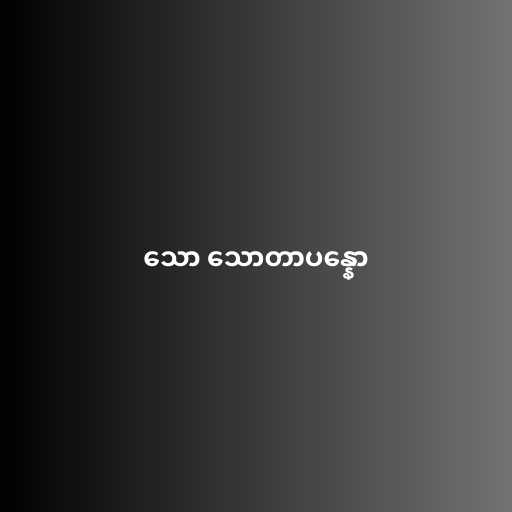
သော သောတာပန္နော